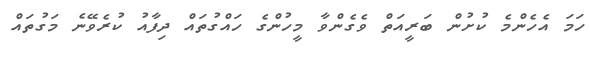
ހަމަ އެހެންމެ ކުށުން ބަރީއަތް ވެގެންވާ މީހުންގެ ހައްގުތައް ދިފާއު ކުރެވޭނެ މަގުތައް